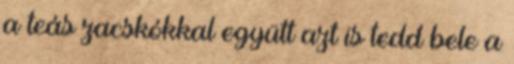
a teás zacskókkal együtt azt is tedd bele a